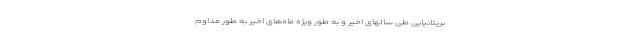
بریتانیایی طی سالهای اخیر و به طور ویژه ماه‌های اخیر به طور مداوم